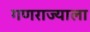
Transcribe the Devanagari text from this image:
गणराज्याला